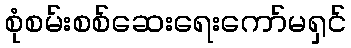
စုံစမ်းစစ်ဆေးရေးကော်မရှင်